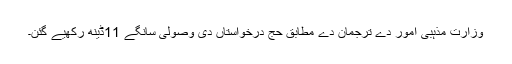
وزارت مذہبی امور دے ترجمان دے مطابق حج درخواستاں دی وصولی سانگے 11ڈینھ رکھیے گئن۔